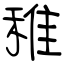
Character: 稚